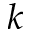
k